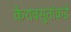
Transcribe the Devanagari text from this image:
केशवसुतांकडे